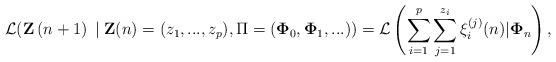
LaTeX: \begin{align*}\mathcal{L(}\mathbf{Z}\left( n+1\right) \;|\;\mathbf{Z}(n)=(z_{1},...,z_{p}),\Pi =(\mathbf{\Phi }_{0},\mathbf{\Phi }_{1},...))=\mathcal{L}\left( \sum_{i=1}^{p}\sum_{j=1}^{z_{i}}\mathbf{\xi }_{i}^{(j)}(n)|\mathbf{\Phi }_{n}\right) , \end{align*}